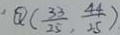
Q ( \frac { 3 3 } { 2 5 } , \frac { 4 4 } { 2 5 } )